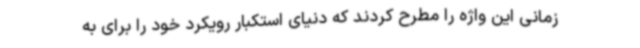
زمانی این واژه را مطرح کردند که دنیای استکبار رویکرد خود را برای به